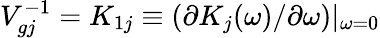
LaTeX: V_{gj}^{-1}=K_{1j}\equiv(\partial K_{j}(\omega)/\partial\omega)|_{\omega=0}